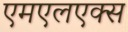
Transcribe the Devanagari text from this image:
एमएलएक्स